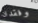
وفقدان